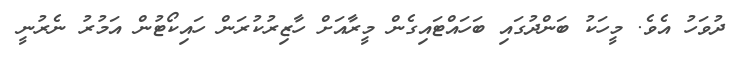
ދުވަހު އެވެ. މީހަކު ބަންދުގައި ބަހައްޓައިގެން މީރާއަަށް ހާޒިރުކުރަން ހައިކޯޓުން އަމުރު ނެރުނީ